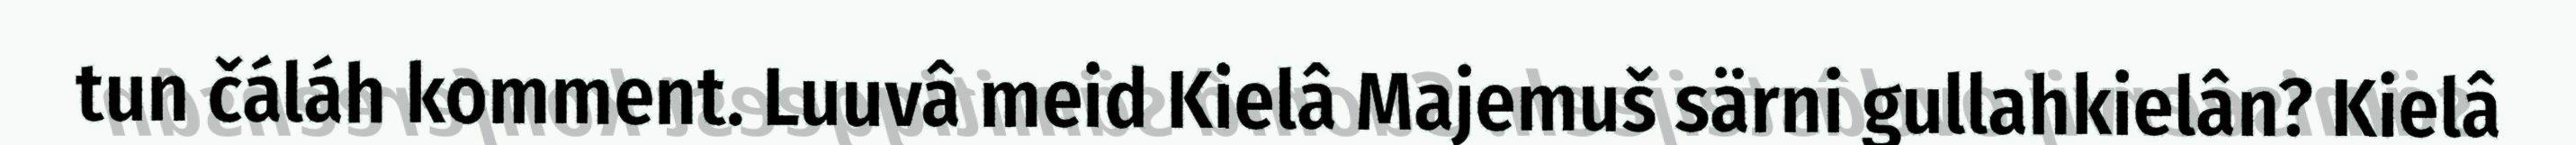
tun čáláh komment. Luuvâ meid Kielâ Majemuš särni gullahkielân? Kielâ